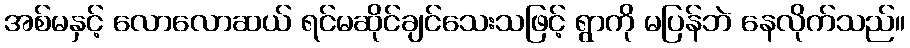
အစ်မနှင့် လောလောဆယ် ရင်မဆိုင်ချင်သေးသဖြင့် ရွာကို မပြန်ဘဲ နေလိုက်သည်။